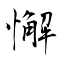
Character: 懈